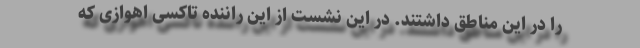
را در این مناطق داشتند. در این نشست از این راننده تاکسی اهوازی که